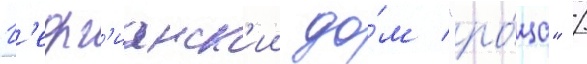
Г'еорг'ианск'ии до́м "ро́ща" /